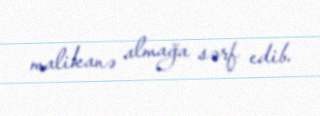
malikanə almağa sərf edib.